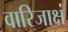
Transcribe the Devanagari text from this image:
वारिजाक्षं